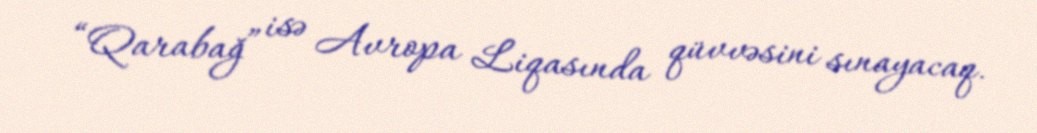
“Qarabağ” isə Avropa Liqasında qüvvəsini sınayacaq.